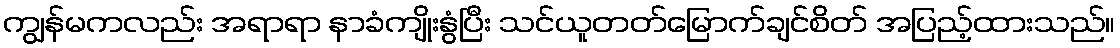
ကျွန်မကလည်း အရာရာ နာခံကျိုးနွံပြီး သင်ယူတတ်မြောက်ချင်စိတ် အပြည့်ထားသည်။